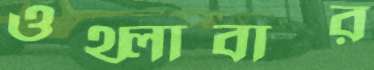
ওথ্‌লাবার